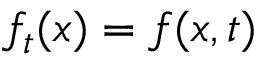
f _ { t } ( x ) = f ( x , t )